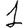
Digit: 1